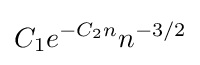
C_{1}e^{-C_{2}n}n^{-3/2}